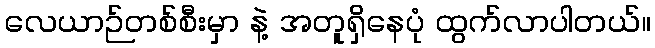
လေယာဉ်တစ်စီးမှာ နဲ့ အတူရှိနေပုံ ထွက်လာပါတယ်။